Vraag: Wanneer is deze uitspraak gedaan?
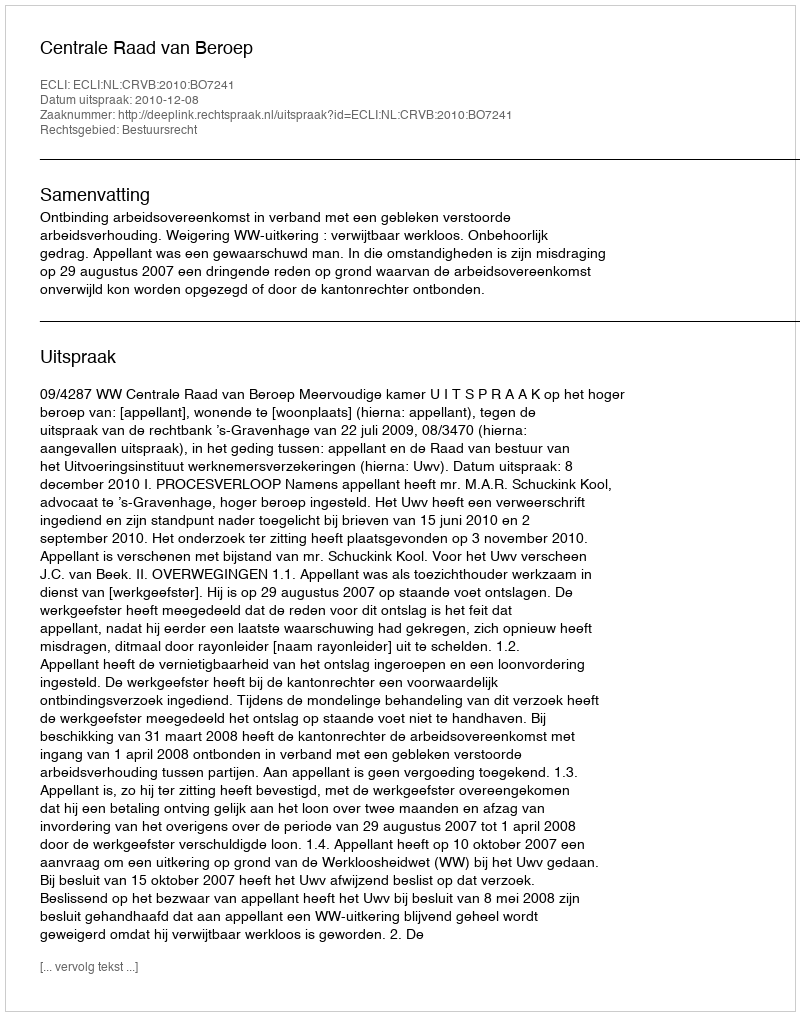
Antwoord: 2010-12-08